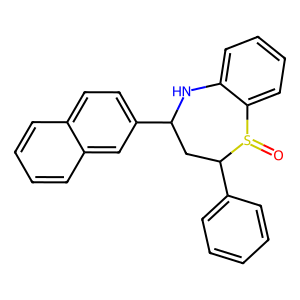
SMILES: O=S1c2ccccc2NC(c2ccc3ccccc3c2)CC1c1ccccc1
Inhibits HIV replication: No